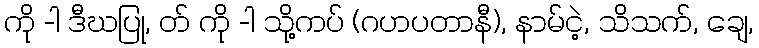
ကို -ါ ဒီဃပြု, တ် ကို -ါ သို့ကပ် (ဂဟပတာနီ), နာမ်ငဲ့, သိသက်, ချေ,